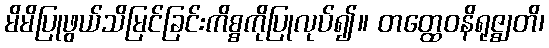
မိမိပြုဖွယ်သိမြင်ခြင်းကိစ္စကိုပြုလုပ်၍။ တတ္ထေဝနိရုဇ္ဈတိ၊